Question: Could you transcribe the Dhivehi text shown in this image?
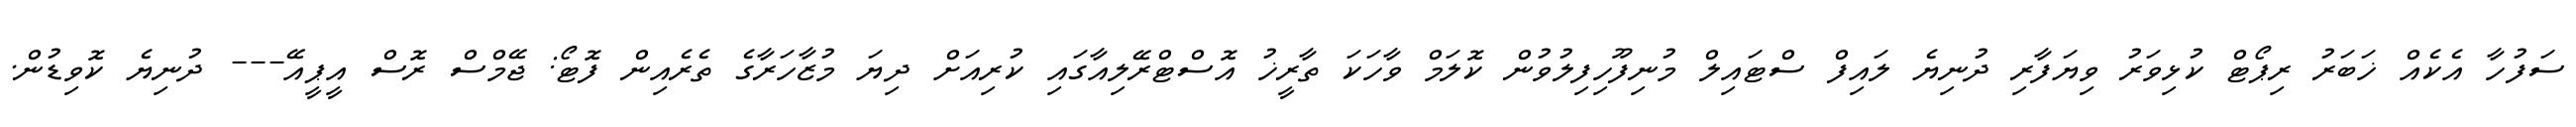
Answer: ސަފުހާ އެކެއް ޚަބަރު ރިޕޯޓް ކުޅިވަރު ވިޔަފާރި ދުނިޔެ ލައިފް ސްޓައިލް މުނިފޫހިފިލުވުން ކޮލަމް ވާހަކަ ތާރީޚު އޮސްޓްރޭލިއާގައި ކުރިއަށް ދިޔަ މުޒާހަރާގެ ތެރެއިން ފޮޓޯ: ޖޭމްސް ރޮސް އީޕީއޭ--- ދުނިޔެ ކޮވިޑުން.